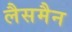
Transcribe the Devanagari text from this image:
लैसमैन